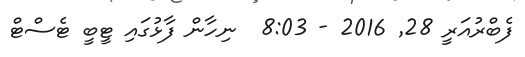
ފެބްރުއަރީ 28